Source: Handwritten
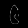
Digit: ၆ (6)